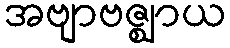
အဗျာဗဇ္ဈာယ